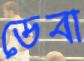
ডেবা